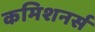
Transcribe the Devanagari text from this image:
कमिशनर्स